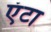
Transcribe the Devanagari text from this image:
एंटा